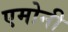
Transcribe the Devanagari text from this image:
एमोनी